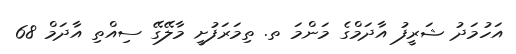
އަހުމަދު ޝަރީފު އާދަމްގެ މަންމަ ތ. ތިމަރަފުށީ މާލޭގޭ ސިއްތި އާދަމް 68